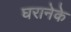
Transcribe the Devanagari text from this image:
घरानेके